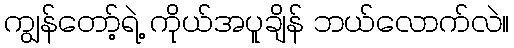
ကျွန်တော့်ရဲ့ ကိုယ်အပူချိန် ဘယ်လောက်လဲ။